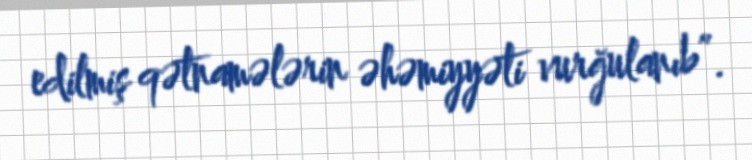
edilmiş qətnamələrin əhəmiyyəti vurğulanıb”.